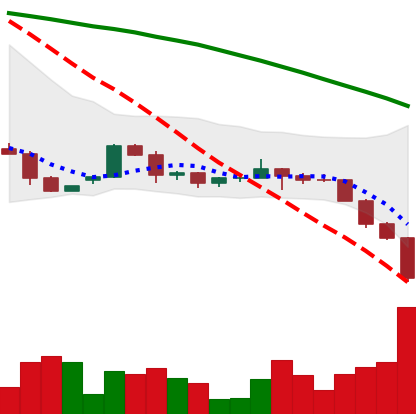
Ticker: ETH-USD
Chart end date: 2022-06-13
Forward return: -17.512%
Label: down_7plus